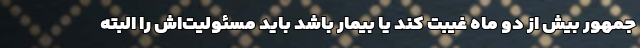
جمهور بیش از دو ماه غیبت کند یا بیمار باشد باید مسئولیت‌اش را البته